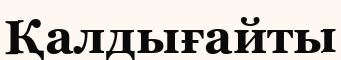
Қалдығайты